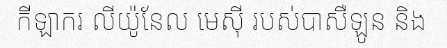
កីឡាករ លីយ៉ូនែល មេស៊ី របស់បាសឺឡូន និង